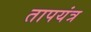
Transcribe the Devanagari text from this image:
तापयंत्र